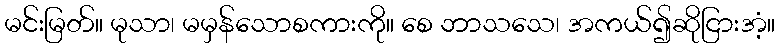
မင်းမြတ်။ မုသာ၊ မမှန်သောစကားကို။ စေ ဘာသသေ၊ အကယ်၍ဆိုငြားအံ့။